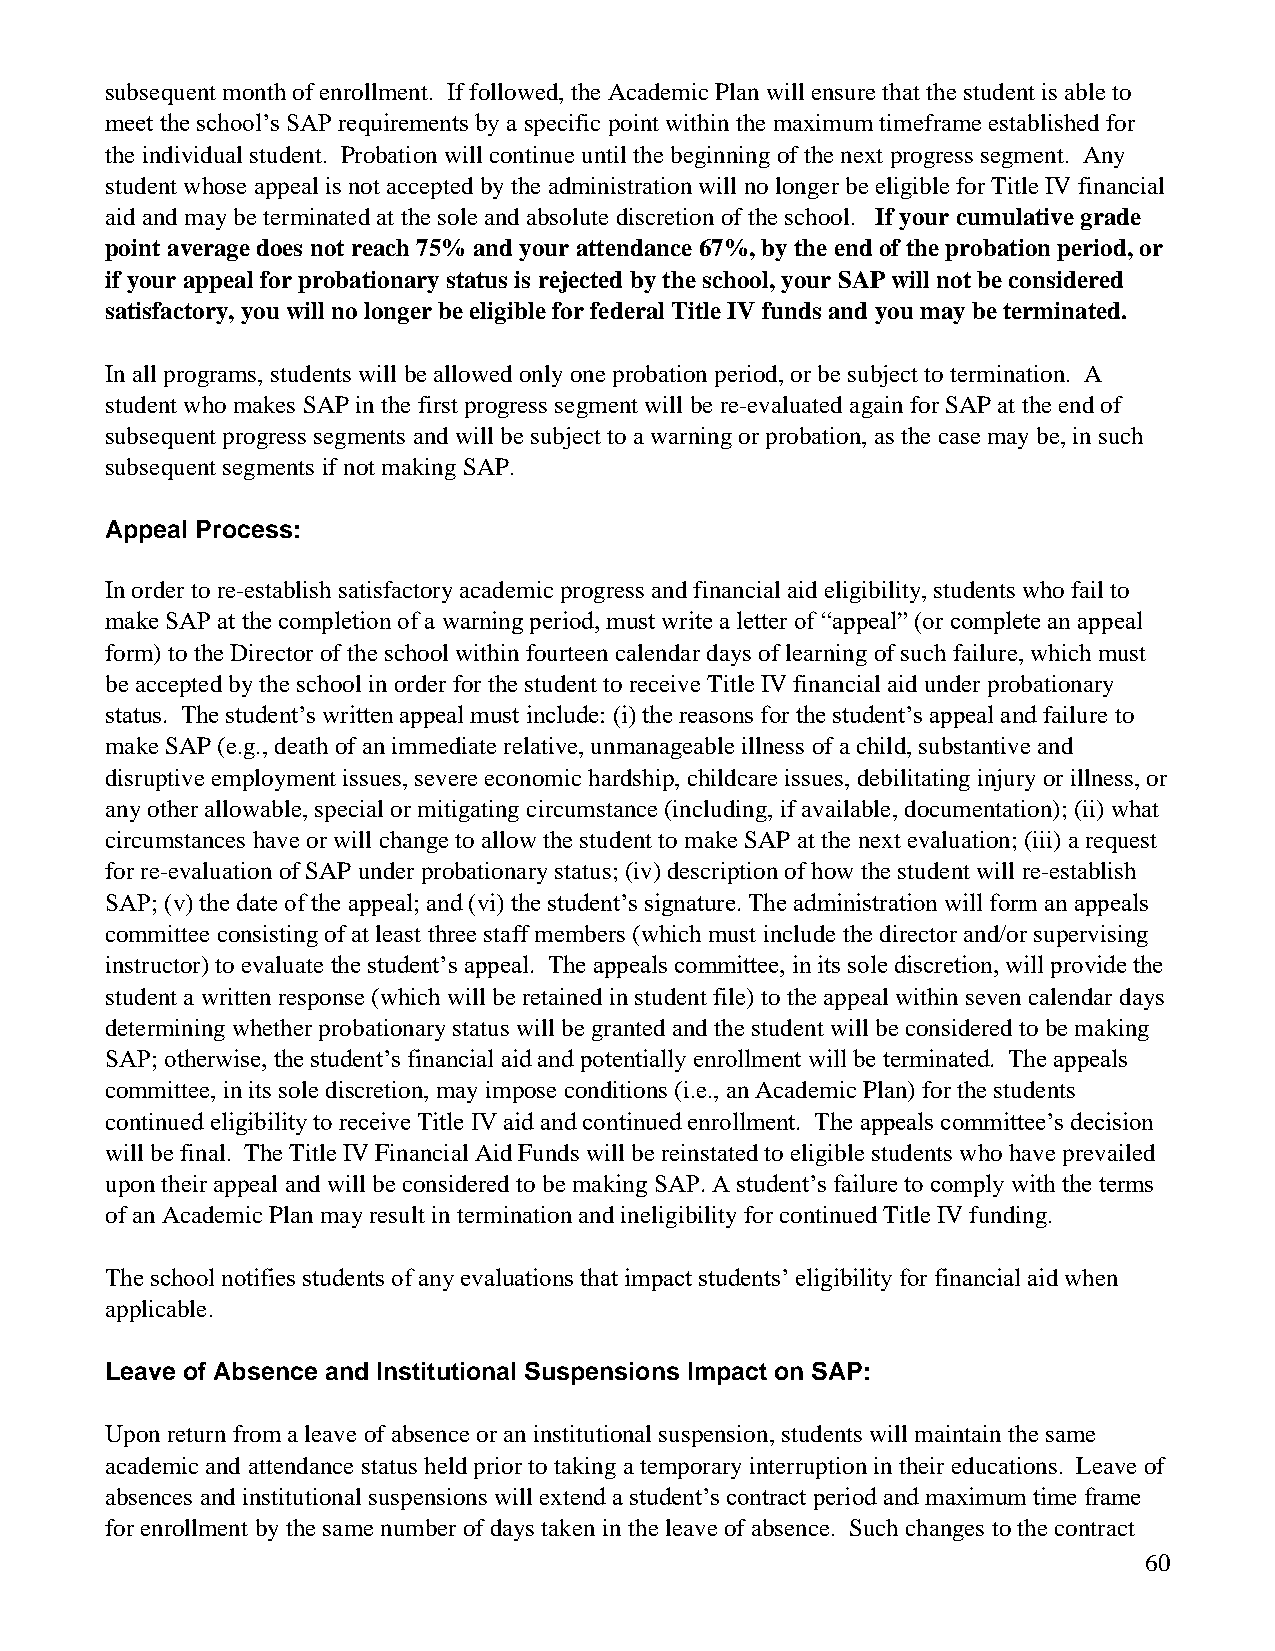
subsequent month of enrollment. If followed, the Academic Plan will ensure that the student is able to
 meet the school’s SAP requirements by a specific point within the maximum timeframe established for
 the individual student. Probation will continue until the beginning of the next progress segment. Any
 student whose appeal is not accepted by the administration will no longer be eligible for Title IV financial
 aid and may be terminated at the sole and absolute discretion of the school. If your cumulative grade
 point average does not reach 75% and your attendance 67%, by the end of the probation period, or
 if your appeal for probationary status is rejected by the school, your SAP will not be considered
 satisfactory, you will no longer be eligible for federal Title IV funds and you may be terminated.
 In all programs, students will be allowed only one probation period, or be subject to termination. A
 student who makes SAP in the first progress segment will be re-evaluated again for SAP at the end of
 subsequent progress segments and will be subject to a warning or probation, as the case may be, in such
 subsequent segments if not making SAP.
 Appeal Process:
 In order to re-establish satisfactory academic progress and financial aid eligibility, students who fail to
 make SAP at the completion of a warning period, must write a letter of “appeal” (or complete an appeal
 form) to the Director of the school within fourteen calendar days of learning of such failure, which must
 be accepted by the school in order for the student to receive Title IV financial aid under probationary
 status. The student’s written appeal must include: (i) the reasons for the student’s appeal and failure to
 make SAP (e.g., death of an immediate relative, unmanageable illness of a child, substantive and
 disruptive employment issues, severe economic hardship, childcare issues, debilitating injury or illness, or
 any other allowable, special or mitigating circumstance (including, if available, documentation); (ii) what
 circumstances have or will change to allow the student to make SAP at the next evaluation; (iii) a request
 for re-evaluation of SAP under probationary status; (iv) description of how the student will re-establish
 SAP; (v) the date of the appeal; and (vi) the student’s signature. The administration will form an appeals
 committee consisting of at least three staff members (which must include the director and/or supervising
 instructor) to evaluate the student’s appeal. The appeals committee, in its sole discretion, will provide the
 student a written response (which will be retained in student file) to the appeal within seven calendar days
 determining whether probationary status will be granted and the student will be considered to be making
 SAP; otherwise, the student’s financial aid and potentially enrollment will be terminated. The appeals
 committee, in its sole discretion, may impose conditions (i.e., an Academic Plan) for the students
 continued eligibility to receive Title IV aid and continued enrollment. The appeals committee’s decision
 will be final. The Title IV Financial Aid Funds will be reinstated to eligible students who have prevailed
 upon their appeal and will be considered to be making SAP. A student’s failure to comply with the terms
 of an Academic Plan may result in termination and ineligibility for continued Title IV funding.
 The school notifies students of any evaluations that impact students’ eligibility for financial aid when
 applicable.
 Leave of Absence and Institutional Suspensions Impact on SAP:
 Upon return from a leave of absence or an institutional suspension, students will maintain the same
 academic and attendance status held prior to taking a temporary interruption in their educations. Leave of
 absences and institutional suspensions will extend a student’s contract period and maximum time frame
 for enrollment by the same number of days taken in the leave of absence. Such changes to the contract
 60